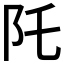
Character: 𮤹